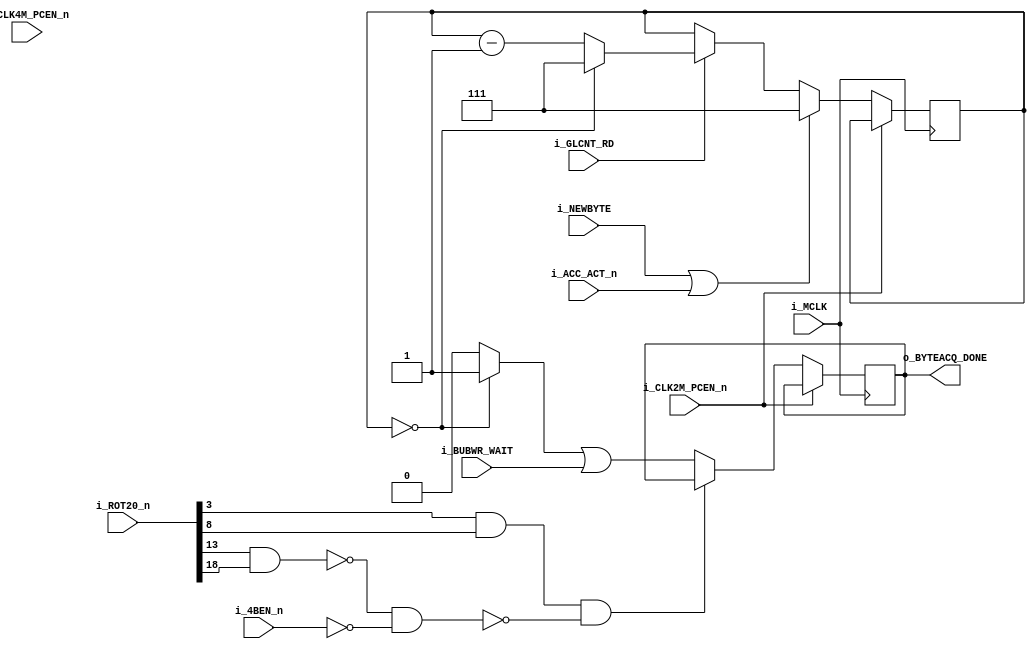
module K005297_byteacqcntr
(
    //master clock
    input   wire            i_MCLK,

    //clock enables
    input   wire            i_CLK4M_PCEN_n,
    input   wire            i_CLK2M_PCEN_n,

    //timing
    input   wire    [19:0]  i_ROT20_n,

    //control
    input   wire            i_4BEN_n,
    input   wire            i_GLCNT_RD,
    input   wire            i_NEWBYTE,
    input   wire            i_ACC_ACT_n,
    input   wire            i_BUBWR_WAIT,

    output  reg             o_BYTEACQ_DONE = 1'b0
);



///////////////////////////////////////////////////////////
//////  BYTE ACQUISITION COUNTER
////

//byte acquisition counter
reg     [2:0]   byte_acq_cntr = 3'h7;

always @(posedge i_MCLK) begin
    if(!i_CLK2M_PCEN_n) begin
        if((i_NEWBYTE | i_ACC_ACT_n) == 1'b1) begin //reset
            byte_acq_cntr <= 3'h7;
        end
        else begin
            if(i_GLCNT_RD == 1'b1) begin
                if(byte_acq_cntr == 3'h0) begin
                    byte_acq_cntr <= 3'h7;
                end
                else begin
                    byte_acq_cntr <= byte_acq_cntr - 3'h1;
                end
            end
            else begin
                byte_acq_cntr <= byte_acq_cntr;
            end
        end
    end
end

//flag
wire            eq7 = (byte_acq_cntr == 3'h0) ? 1'b1 : 1'b0;

always @(posedge i_MCLK) begin
    if(!i_CLK2M_PCEN_n) begin
        if(~(i_ROT20_n[3] & i_ROT20_n[8] & ~(~(i_ROT20_n[13] & i_ROT20_n[18]) & ~i_4BEN_n)) == 1'b1) begin //3-8_13-18
            o_BYTEACQ_DONE <= eq7 | i_BUBWR_WAIT;
        end
        else begin
            o_BYTEACQ_DONE <= o_BYTEACQ_DONE;
        end
    end
end


endmodule